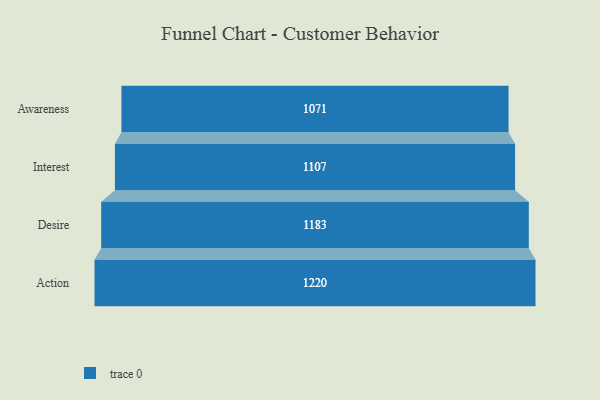
{"axis": {"x": "Stage", "y": "Value"}, "legend": [""], "data": [{"x": "Awareness", "y": 1071.0, "type": ""}, {"x": "Interest", "y": 1107.0, "type": ""}, {"x": "Desire", "y": 1183.0, "type": ""}, {"x": "Action", "y": 1220.0, "type": ""}]}